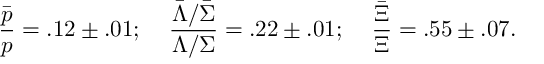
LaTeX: \frac { \bar { p } } { p } = . 1 2 \pm . 0 1 ; \; \; \; \; \frac { \bar { \Lambda } / \bar { \Sigma } } { \Lambda / \Sigma } = . 2 2 \pm . 0 1 ; \; \; \; \; \frac { \bar { \Xi } } { \Xi } = . 5 5 \pm . 0 7 .